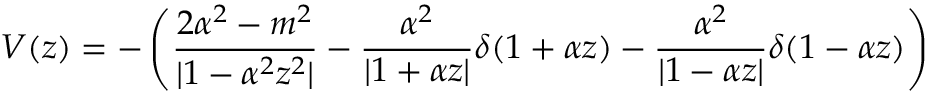
{ \cal V } ( z ) = - \left( \frac { 2 \alpha ^ { 2 } - m ^ { 2 } } { | 1 - \alpha ^ { 2 } z ^ { 2 } | } - \frac { \alpha ^ { 2 } } { | 1 + \alpha z | } \delta ( 1 + \alpha z ) - \frac { \alpha ^ { 2 } } { | 1 - \alpha z | } \delta ( 1 - \alpha z ) \right)